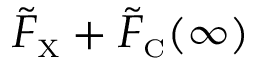
\tilde { F } _ { \scriptscriptstyle \mathrm { X } } + \tilde { F } _ { \scriptscriptstyle \mathrm { C } } ( \infty )